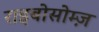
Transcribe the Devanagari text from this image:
राइबोसोम्ज़